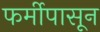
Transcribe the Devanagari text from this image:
फर्मीपासून